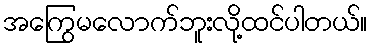
အကြွေမလောက်ဘူးလို့ထင်ပါတယ်။